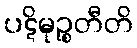
ပဋိမုဉ္စတီတိ